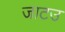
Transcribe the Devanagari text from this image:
जाटउ